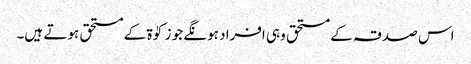
اس صدقہ کے مستحق وہی افراد ہونگے جو زکوٰۃ کے مستحق ہوتے ہیں۔